On the action of the venoms of the cobra (Naja tripudians) and of the daboia (Daboia russellii) on the red blood corpuscles and on the blood plasma - Number 4
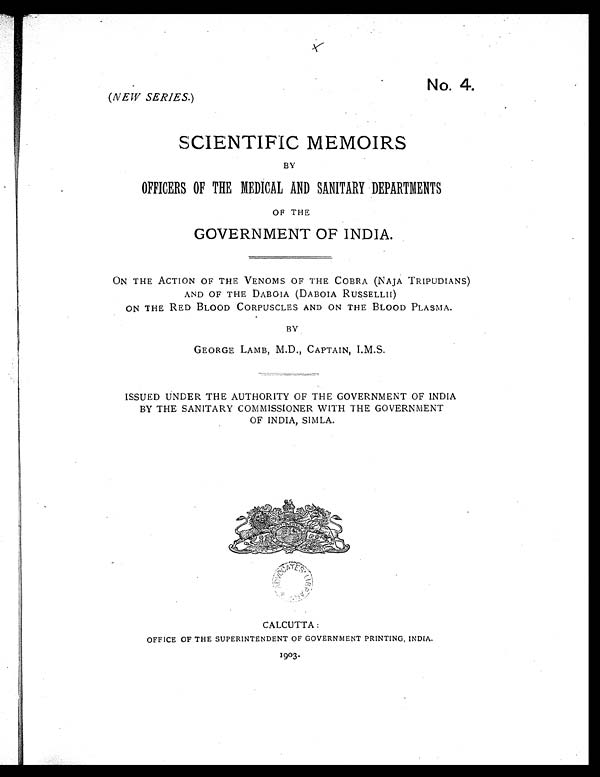
No. 4.
(NEW SERIES.)
SCIENTIFIC MEMOIRS
BY
OFFICERS OF THE MEDICAL AND SANITARY DEPARTMENTS
OF THE
GOVERNMENT OF INDIA.
ON THE ACTION OF THE VENOMS OF THE COBRA (NAJA TRIPUDIANS)
AND OF THE DABOIA (DABOIA RUSSELLII)
ON THE RED BLOOD CORPUSCLES AND ON THE BLOOD PLASMA.
BY
GEORGE LAMB, M.D., CAPTAIN, I.M.S.
ISSUED UNDER THE AUTHORITY OF THE GOVERNMENT OF INDIA
BY THE SANITARY COMMISSIONER WITH THE GOVERNMENT
OF INDIA, SIMLA.
ADVOCATES LI BRARY.
C CALCUTTA :
OFFICE OF THE SUPERINTENDENT OF GOVERNMENT PRINTING, INDIA.
1903.